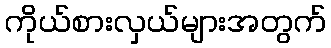
ကိုယ်စားလှယ်များအတွက်